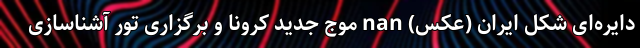
دایره‌ای شکل ایران (عکس) nan موج جدید کرونا و برگزاری تور آشناسازی